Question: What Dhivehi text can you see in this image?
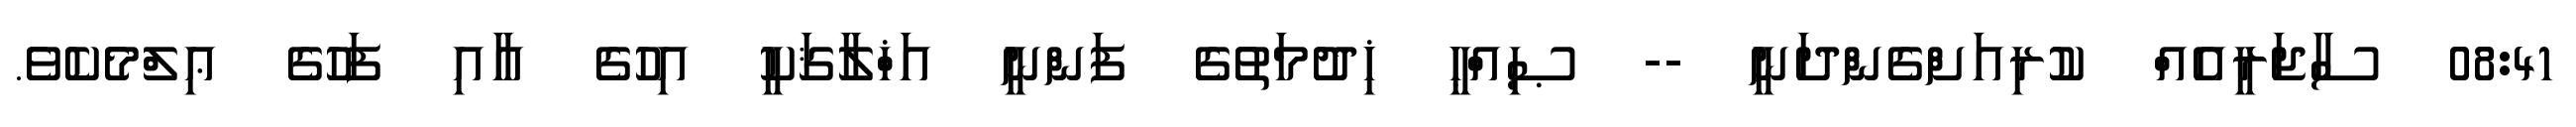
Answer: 08:41 ސާޖަރީއެއް ކުރިއަށްގެންދަނީ -- ޞިއްޙީ ޚިދުމަތުގެ ފަންނީ އަޚްލާޤަކީ އިހުގެ އާއި ފަހުގެ ޢިލްމެކެވެ.